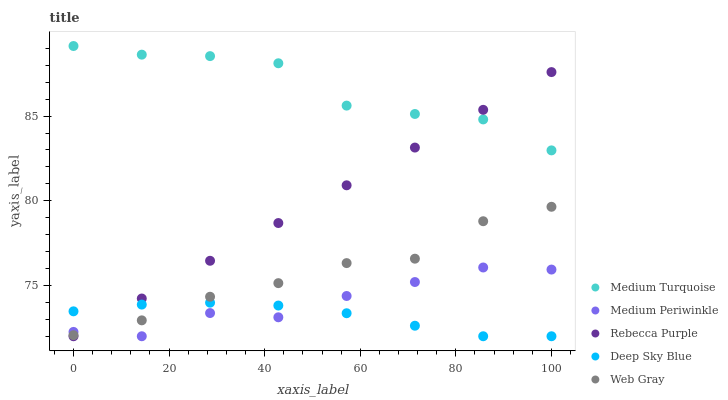
| xaxis_label | Medium Turquoise | Medium Periwinkle | Rebecca Purple | Deep Sky Blue | Web Gray |
 | --- | --- | --- | --- | --- | --- |
 | 0 | 89.1 | 72.3 | 72 | 73.5 | 72.1 |
 | 14.3 | 88.6 | 72 | 74.2 | 73.9 | 72.9 |
 | 28.6 | 88.5 | 73.4 | 76.5 | 74 | 74.3 |
 | 42.9 | 88.1 | 73.1 | 78.7 | 73.8 | 75.1 |
 | 57.1 | 85.6 | 74.4 | 80.9 | 73.4 | 76.3 |
 | 71.4 | 85.1 | 75.2 | 83.1 | 72.6 | 76.6 |
 | 85.7 | 84.8 | 76.1 | 85.4 | 72 | 78.8 |
 | 100 | 83 | 75.9 | 87.6 | 72 | 79.6 |